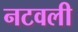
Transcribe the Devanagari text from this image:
नटवली